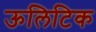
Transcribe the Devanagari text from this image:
ऊलिटिक